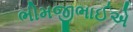
ભીમજીભાઈએ